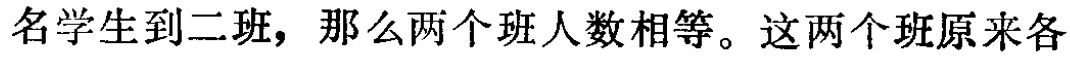
名学生到二班，那么两个班人数相等。这两个班原来各